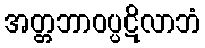
အတ္တဘာဝပ္ပဋိလာဘံ